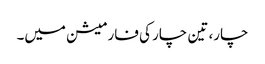
چار، تین چار کی فارمیشن میں۔